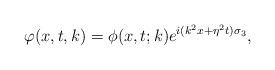
\begin{align*}\varphi(x,t,k)=\phi(x,t;k)e^{i(k^2x+\eta^2t)\sigma_3}, \end{align*}